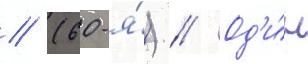
// (60-я́) // Од'и́н